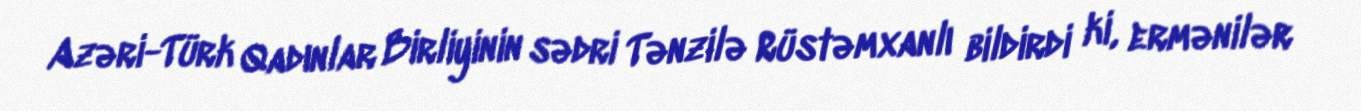
Azəri-Türk Qadınlar Birliyinin sədri Tənzilə Rüstəmxanlı bildirdi ki, ermənilər